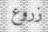
زروع